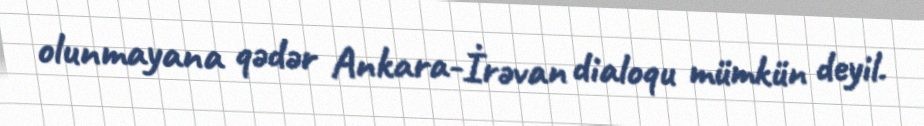
olunmayana qədər Ankara-İrəvan dialoqu mümkün deyil.